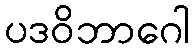
ပဒဝိဘာဂေါ